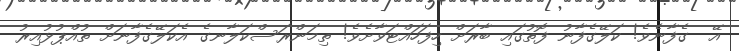
އޭ  ގެފާނެވެ! ކަލޭގެފާނު ފޮތުގައި ބާރަށް ހިފަހައްޓަވާށެވެ! ތިމަންރަސްކަލާނގެ އެކަލޭގެފާނަށް ތުއްޕުޅުއިރު